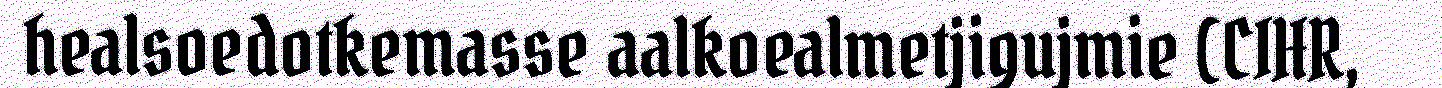
healsoedotkemasse aalkoealmetjigujmie (CIHR,